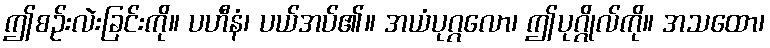
ဤစဉ်းလဲးခြင်းကို။ ပဟီနံ၊ ပယ်အပ်၏။ အယံပုဂ္ဂလော၊ ဤပုဂ္ဂိုလ်ကို။ အသထော၊